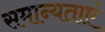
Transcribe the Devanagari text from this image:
समान्यताएं